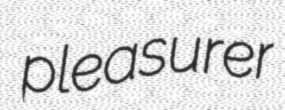
pleasurer